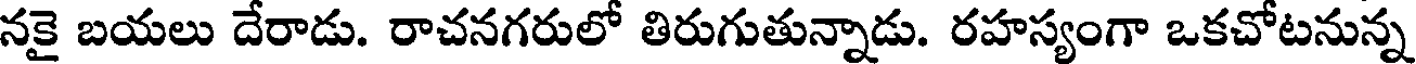
నకై బయలు దేరాడు. రాచనగరులో తిరుగుతున్నాడు. రహస్యంగా ఒకచోటనున్న